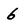
Character: 6